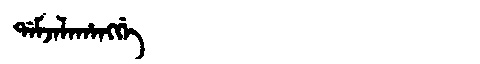
Manchu: ᡩᠠᠮᠵᠠᠯᠠᡥᠠᠩᡤᡝ
Romanization: DAMJALAHANGGE